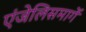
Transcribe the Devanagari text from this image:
एंजेलिसमार्गे